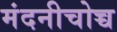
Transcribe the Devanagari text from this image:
मंदनीचोच्च